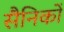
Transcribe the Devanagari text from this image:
सैनिकोँ